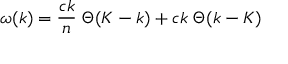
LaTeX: \omega ( k ) = { \frac { c k } { n } } \; \Theta ( K - k ) + c k \; \Theta ( k - K )